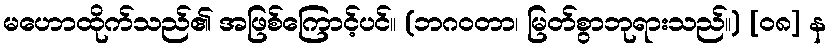
မဟောထိုက်သည်၏ အဖြစ်ကြောင့်ပင်။ (ဘဂဝတာ၊ မြတ်စွာဘုရားသည်။) [၀၈] န